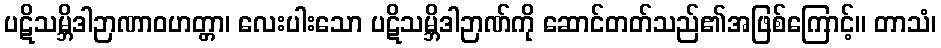
ပဋိသမ္ဘိဒါဉာဏာဝဟတ္တာ၊ လေးပါးသော ပဋိသမ္ဘိဒါဉာဏ်ကို ဆောင်တတ်သည်၏အဖြစ်ကြောင့်။ တာသံ၊